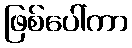
ဖြစ်ပေါ်ကာ